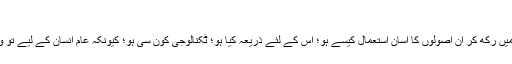
‘‘
سائنس جب عوام کی ضروریات کو ذہن میں رکھ کر ان اصولوں کا آسان استعمال کیسے ہو؛ اس کے لئے ذریعہ کیا ہو؛ ٹکنالوجی کون سی ہو؛ کیونکہ عام انسان کے لیے تو وہی سب سے بڑی خدمت جانی جاتی ہے۔